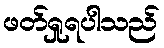
ဖတ်ရှုရပါသည်